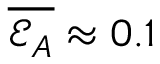
\overline { { \mathcal { E } _ { A } } } \approx 0 . 1